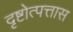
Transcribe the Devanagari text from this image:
दृष्टोत्पत्तास